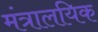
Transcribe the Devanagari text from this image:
मंत्रालयिक